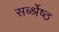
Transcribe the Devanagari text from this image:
सर्ब्श्रेष्ठ